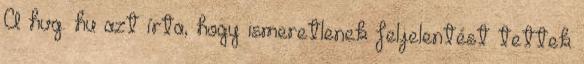
A hvg. hu azt írta, hogy ismeretlenek feljelentést tettek